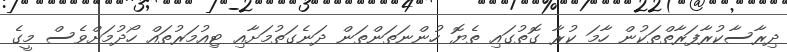
ދިރާސާކުރާފަރާތްތަކުން ހާމަ ކުރާ ގޮތުގައި ތެޔޮ ހުންނަތަންތަން ދަނެގަތުމަށާއި ޓިއުމަރުތައް ހޯދުމަށްވެސް މީގެ